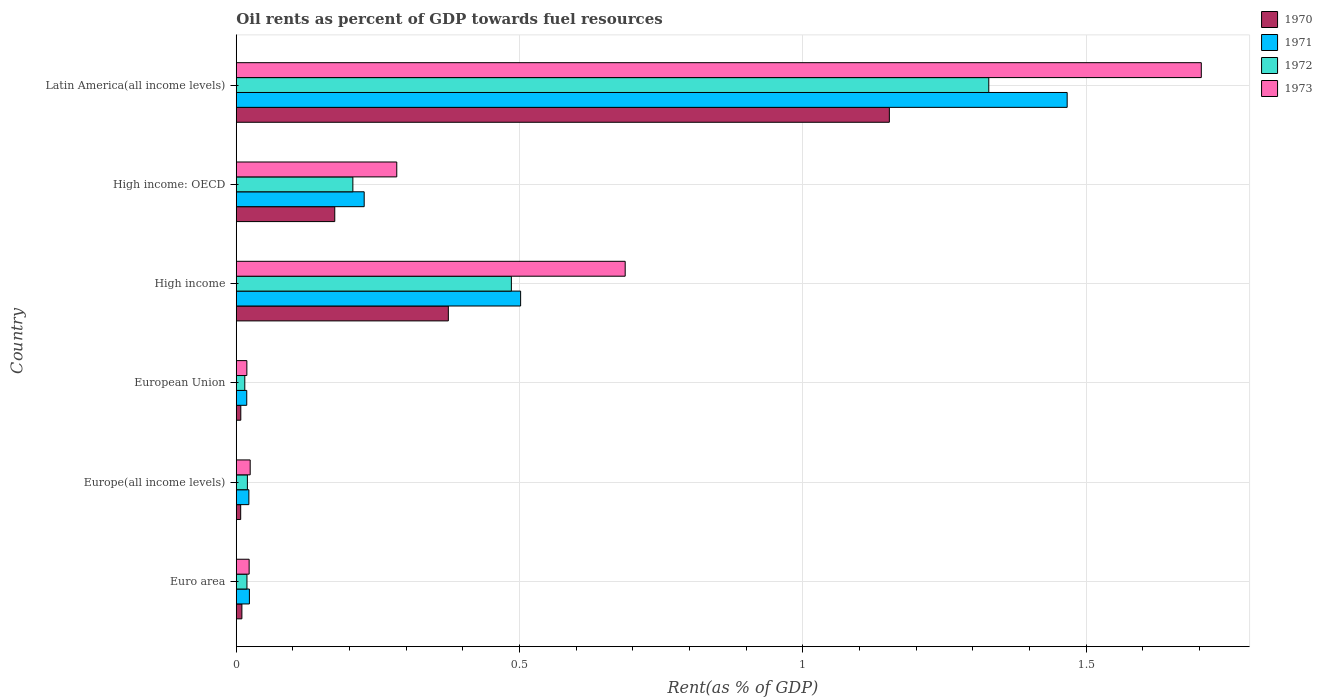
| Country | 1970 | 1971 | 1972 | 1973 |
 | --- | --- | --- | --- | --- |
 | Euro area | 0.00995 | 0.0232 | 0.0189 | 0.0228 |
 | Europe(all income levels) | 0.00784 | 0.0223 | 0.0196 | 0.0246 |
 | European Union | 0.00801 | 0.0185 | 0.0151 | 0.0187 |
 | High income | 0.374 | 0.502 | 0.486 | 0.686 |
 | High income: OECD | 0.174 | 0.226 | 0.206 | 0.283 |
 | Latin America(all income levels) | 1.15 | 1.47 | 1.33 | 1.7 |